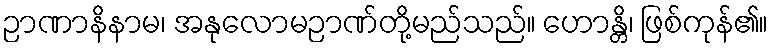
ဉာဏာနိနာမ၊ အနုလောမဉာဏ်တို့မည်သည်။ ဟောန္တိ၊ ဖြစ်ကုန်၏။